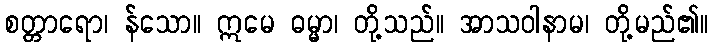
စတ္တာရော၊ န်သော။ ဣမေ ဓမ္မာ၊ တို့သည်။ အာသဝါနာမ၊ တို့မည်၏။